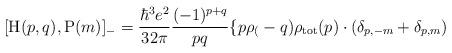
LaTeX: \begin{align*}[{\rm H}(p,q),{\rm P}(m)]_{-}= \frac{{\hbar}^3e^2}{32\pi}\frac{(-1)^{p+q}}{pq} \{ p \rho_(-q) \rho_{\rm tot}(p) \cdot(\delta_{p,-m} + \delta_{p,m})\end{align*}